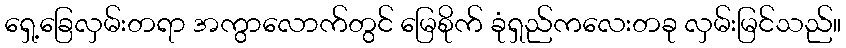
ရှေ့ခြေလှမ်းတရာ အကွာလောက်တွင် မြေစိုက် ခုံရှည်ကလေးတခု လှမ်းမြင်သည်။